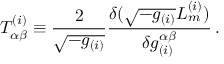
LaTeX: T _ { \alpha \beta } ^ { ( i ) } \equiv \frac { 2 } { \sqrt { - g _ { ( i ) } } } \frac { \delta ( \sqrt { - g _ { ( i ) } } { \cal L } _ { m } ^ { ( i ) } ) } { \delta g _ { ( i ) } ^ { \alpha \beta } } \, .